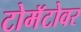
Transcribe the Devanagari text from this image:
टोमॅटोवर